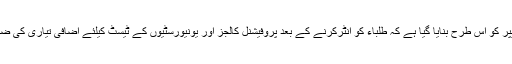
انہوں نے بتایا کہ ماڈل پیپر کو اس طرح بنایا گیا ہے کہ طلباء کو انٹرکرنے کے بعد پروفیشنل کالجز اور یونیورسٹیوں کے ٹیسٹ کیلئے اضافی تیاری کی ضرورت نہیں رہنی چاہئے۔